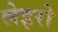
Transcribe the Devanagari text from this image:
लेइरो